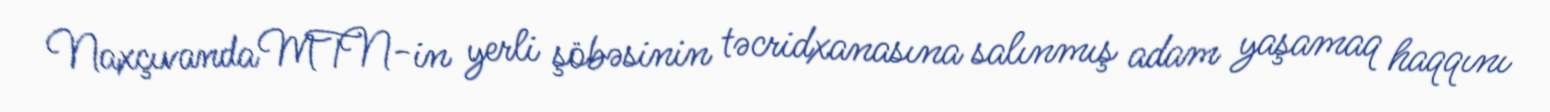
Naxçıvanda MTN-in yerli şöbəsinin təcridxanasına salınmış adam yaşamaq haqqını